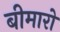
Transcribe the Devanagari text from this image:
बीमारो